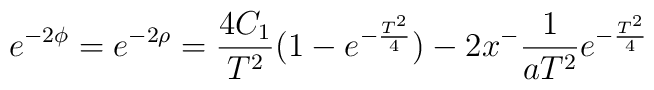
e^{-2\phi}=e^{-2\rho}=        \frac{4C_1}{T^2}        (1-e^{-\frac{T^2}{4}}) -2x^-        \frac{1}{a T^2}        e^{-\frac{T^2}{4}}